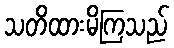
သတိထားမိကြသည်